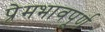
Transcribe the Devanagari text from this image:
प्रेमभावपूर्ण